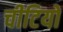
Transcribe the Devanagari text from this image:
चीटियो